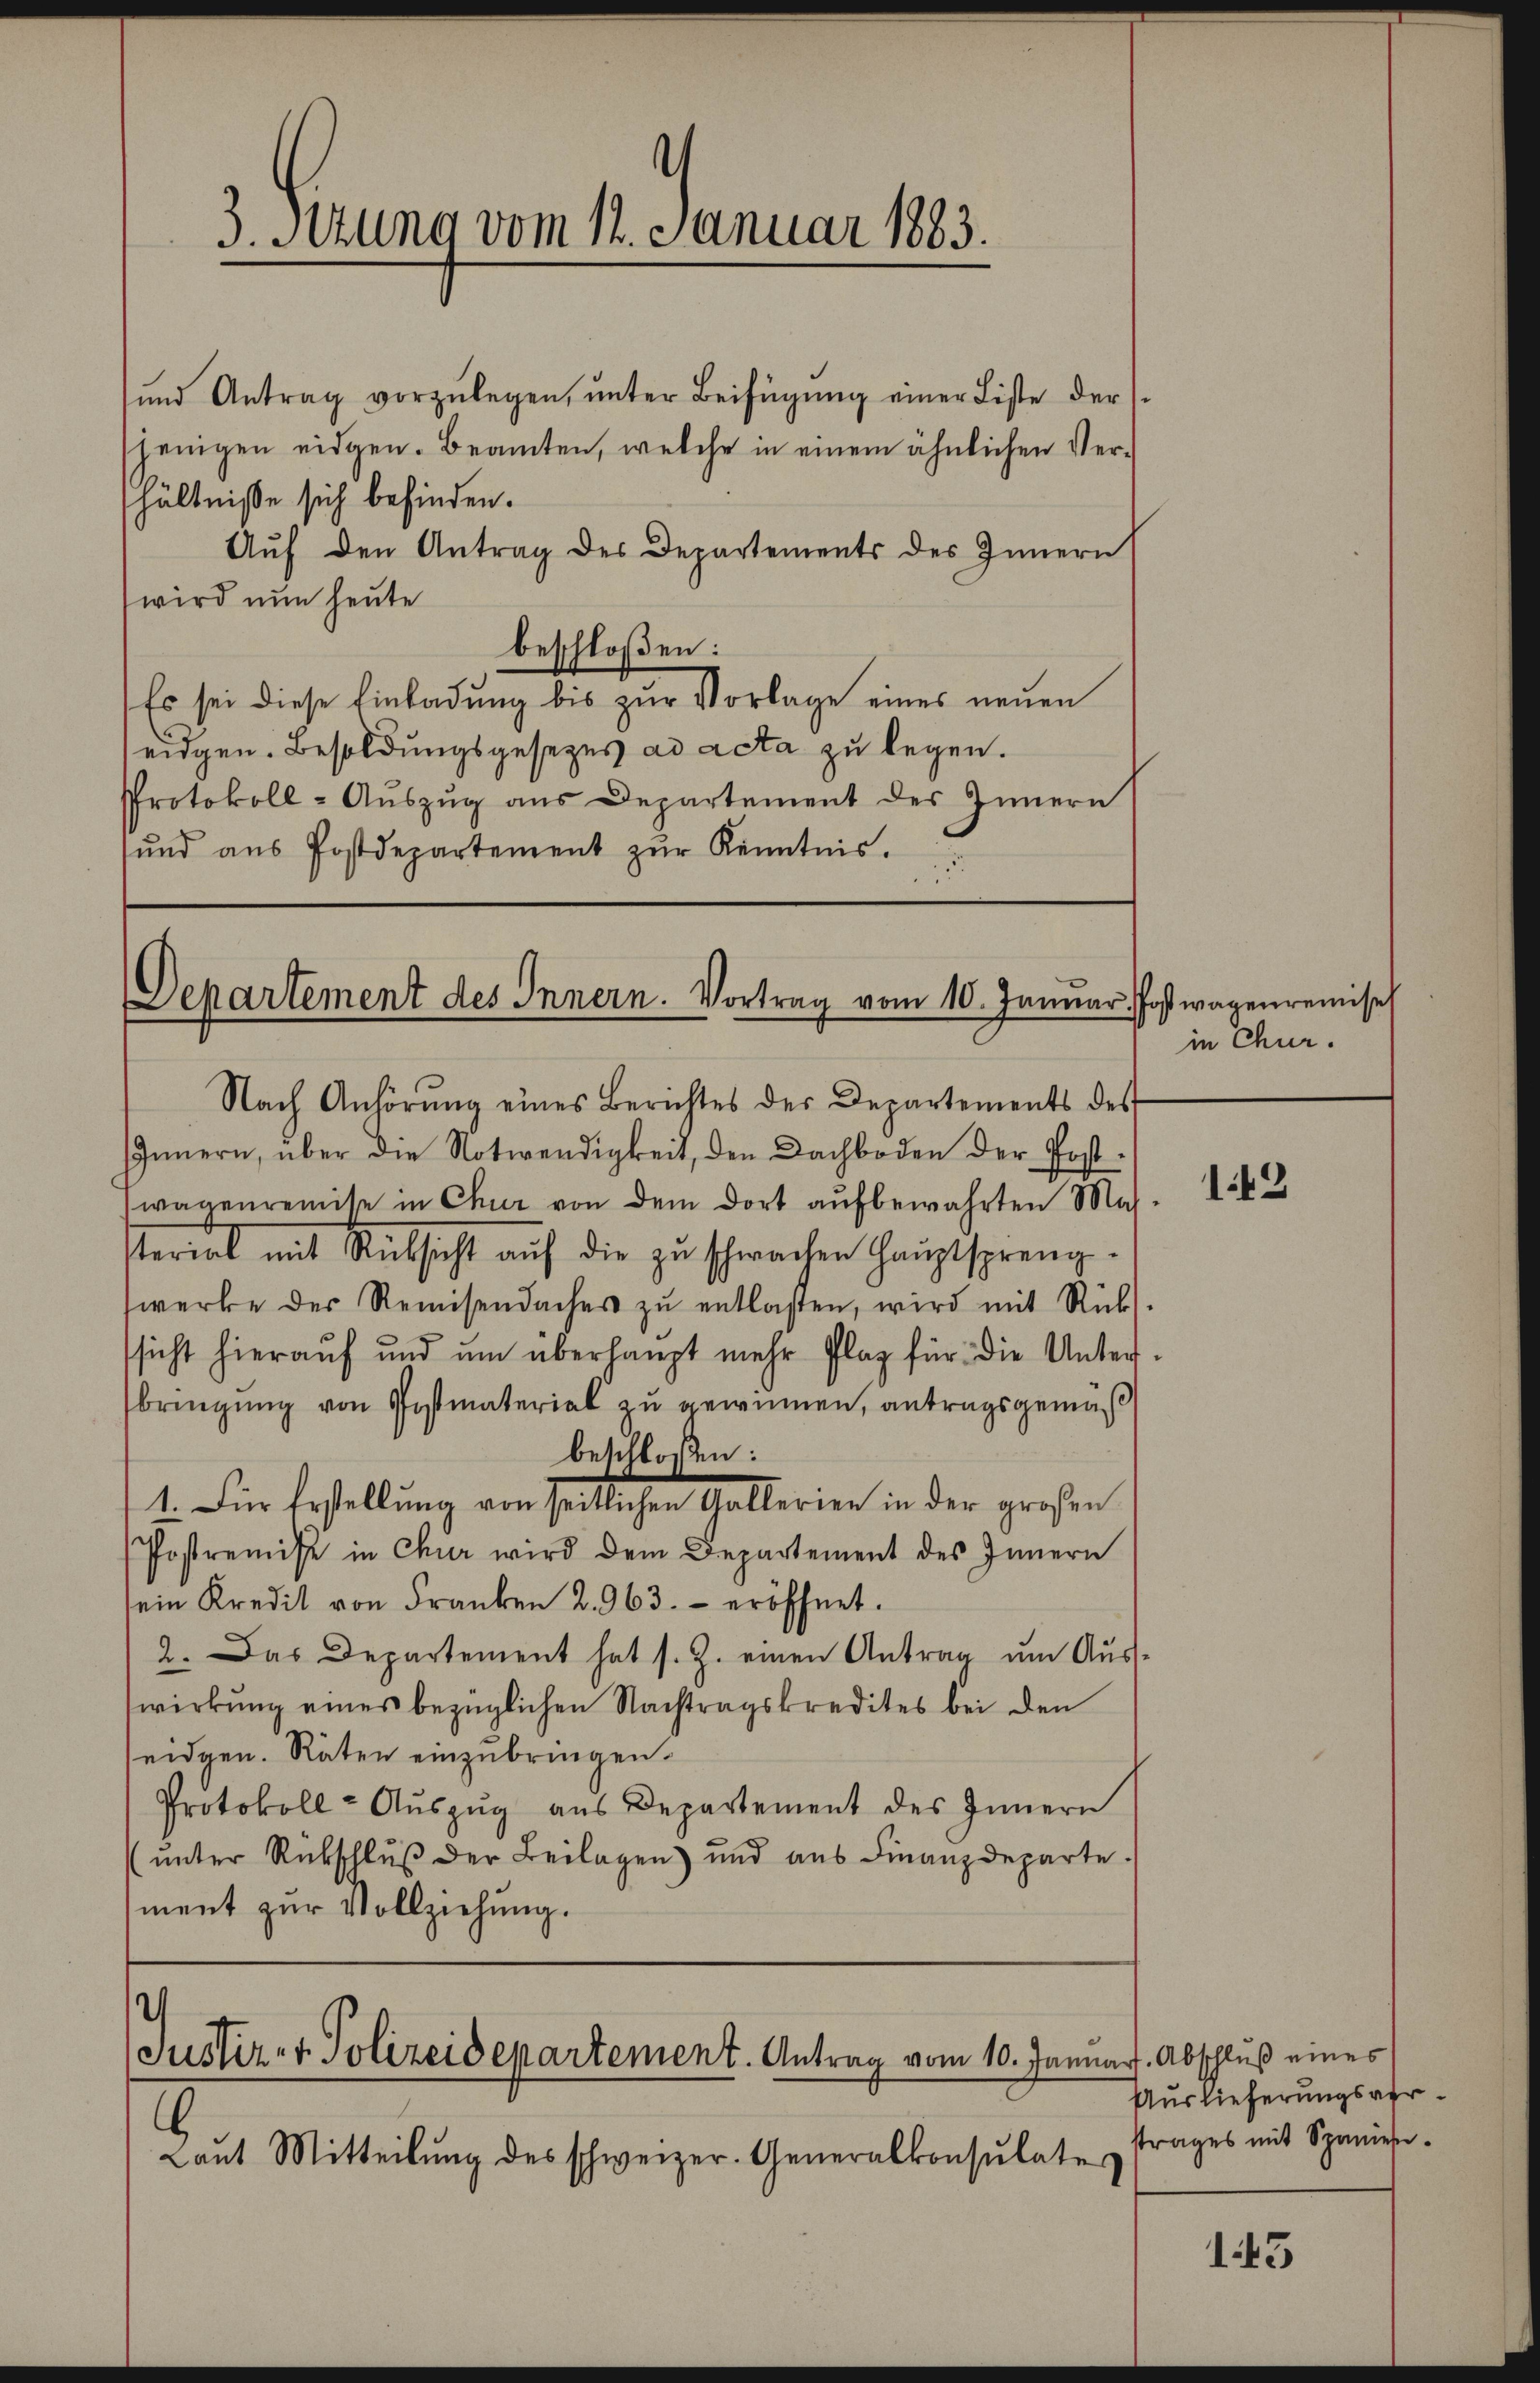
3. Setzung vom 12. Januar 1883.

und Antrag vorzŭlegen, ŭnter Beifügŭng einer Liste der
sjenigen eidgen. Beamten, welche in einem ähnlichen Verhältniße sich befinden.
Aŭf den Antrag des Departements des Innern
wird nun heute
beschloßen:
Es sei diese Einladŭng bis zŭr Vorlage eines neŭen
eidgen. Besoldungsgesezes ad acta zu legen.
Protokoll- Auszug aus Departement des Innern
sŭnd aŭs Postdepartement zŭr Kenntnis.

Departement des Innern. Vortrag vom 10. Januar Postwagenremisch

Nach Anhörung eines Berichtes der Departements des
Innern, über die Notwendigkeit, den Dachboden der Post-
wagenremise in Chur von dem dort aŭfbewahrten Mal
sterial mit Rücksicht aŭf die zŭ schwachen Haŭptspreng
werke der Remisendacher zŭ entlasten, wird mit Rücks-
sicht hieraŭf ŭnd ŭm überhaupt mehr Plag für die Unter-
bringung von Postmaterial zu gewinnen, antragsgemäß
beschloßen:
1. Für Erstellung von seitlichen Gallerien in der großen
Postrenisse in Chur wird dem Departement des Innern
sein Kredit von Franken 2. 963. eröffnet.
2. Das Departement hat s. Z. einen Antrag um Auswirkŭng eines bezüglichen Nachtragskredites bei den
seidgen. Räten einzubringen.
Protokoll-Aŭszŭg aŭs Departement des Innern
ŭnter Rückschlŭβ der Beilagen) und aŭs Finanzdeparte.
ment zur Vollziehung.

Justiz- & Polizeidepartement. Antrag vom 10. Januar Abschluß eines

2
Laŭt Mitteilŭng des schweizer. Generalkonsulates

in Chur.

142

Auslieferungsverstrages mit Spanien.

143